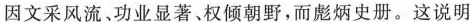
因文采风流﹑功业显著、权倾朝野，而彪炳史册。这说明